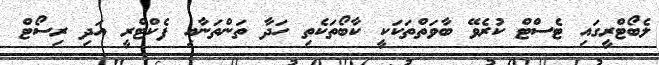
ލެބޯޓްރީގައި ޓެސްޓް ކުރެވޭ ބާވަތްތަކަކީ ކާބޯތަކެތި ހަދާ ތަންތަނާއި ފެކްޓްރީ އަދި ރިސޯޓް